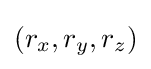
(r_{x},r_{y},r_{z})